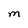
Character: M